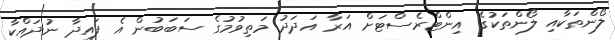
ލޯންތަކާއި ލޯންތަކުގެ އިންޓްރެސްޓަށް އަރާ އަދަދު މަތިވުމުގެ ސަބަބުން އެ ފައިދާ ނުދައްކާ